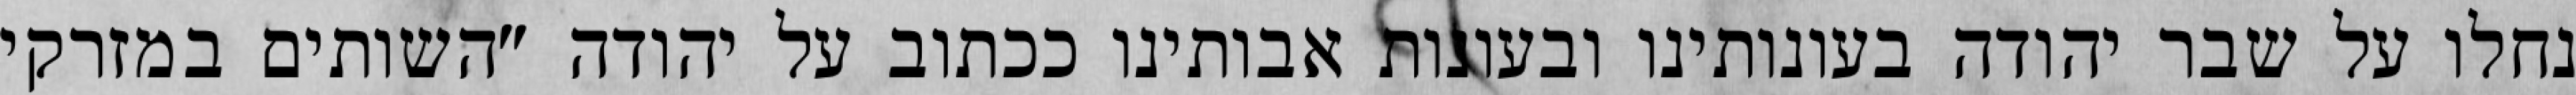
נחלו על שבר יהודה בעונותינו ובעונות אבותינו ככתוב על יהודה "השותים במזרקי